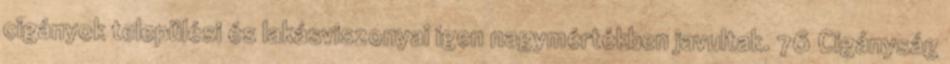
cigányok települési és lakásviszonyai igen nagymértékben javultak. 76 Cigányság